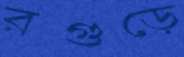
রগুড়ে